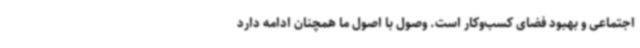
اجتماعی و بهبود فضای کسب‌وکار است. وصول با اصول ما همچنان ادامه دارد